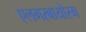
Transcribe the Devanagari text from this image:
एलगरबायोरम